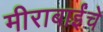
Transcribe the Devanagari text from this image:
मीराबाईंचे